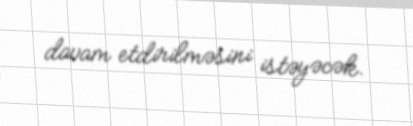
davam etdirilməsini istəyəcək.